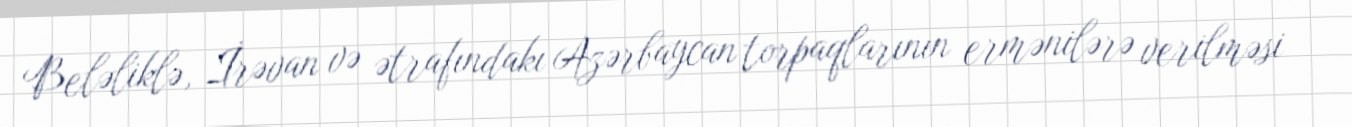
Beləliklə, İrəvan və ətrafındakı Azərbaycan torpaqlarının ermənilərə verilməsi